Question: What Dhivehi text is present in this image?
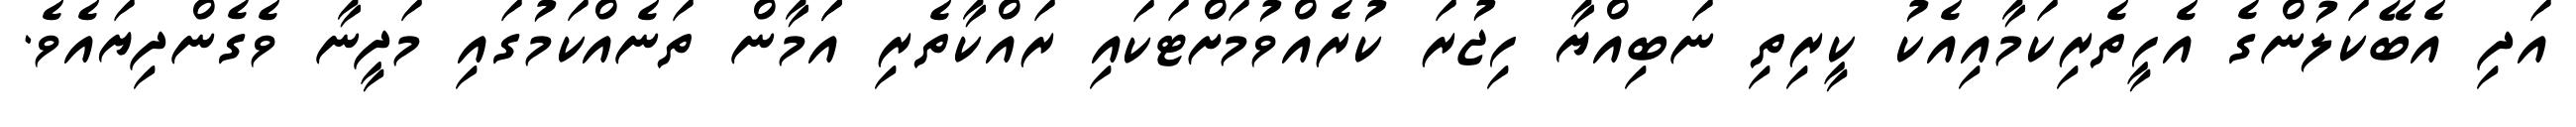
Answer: އަދި އެބޭކަލުންގެ އެހީތެރިކަމާއިއެކު ކީރިތި ނަބިއްޔާ ހިޖުރަ ކުރެއްވުމަށްޓަކައި ރައްކާތެރި އަަމާން ތަނެއްކަމުގައި މަދީނާ ވެގެންދިޔައެވެ.